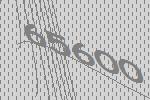
65600